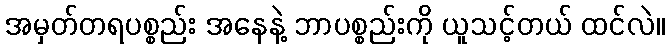
အမှတ်တရပစ္စည်း အနေနဲ့ ဘာပစ္စည်းကို ယူသင့်တယ် ထင်လဲ။